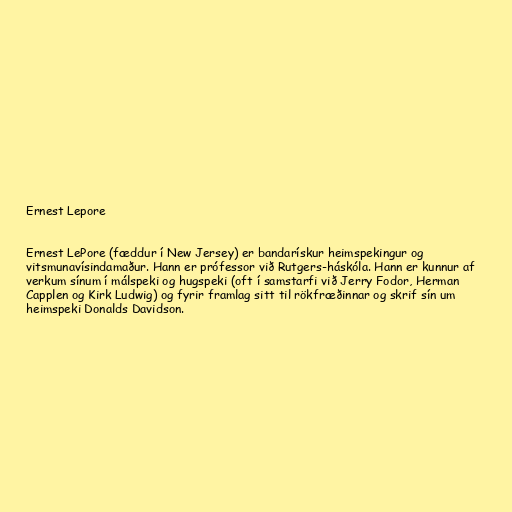
Ernest Lepore

Ernest LePore (fæddur í New Jersey) er bandarískur heimspekingur og
vitsmunavísindamaður. Hann er prófessor við Rutgers-háskóla. Hann er kunnur af
verkum sínum í málspeki og hugspeki (oft í samstarfi við Jerry Fodor, Herman
Capplen og Kirk Ludwig) og fyrir framlag sitt til rökfræðinnar og skrif sín um
heimspeki Donalds Davidson.